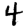
Digit: 4